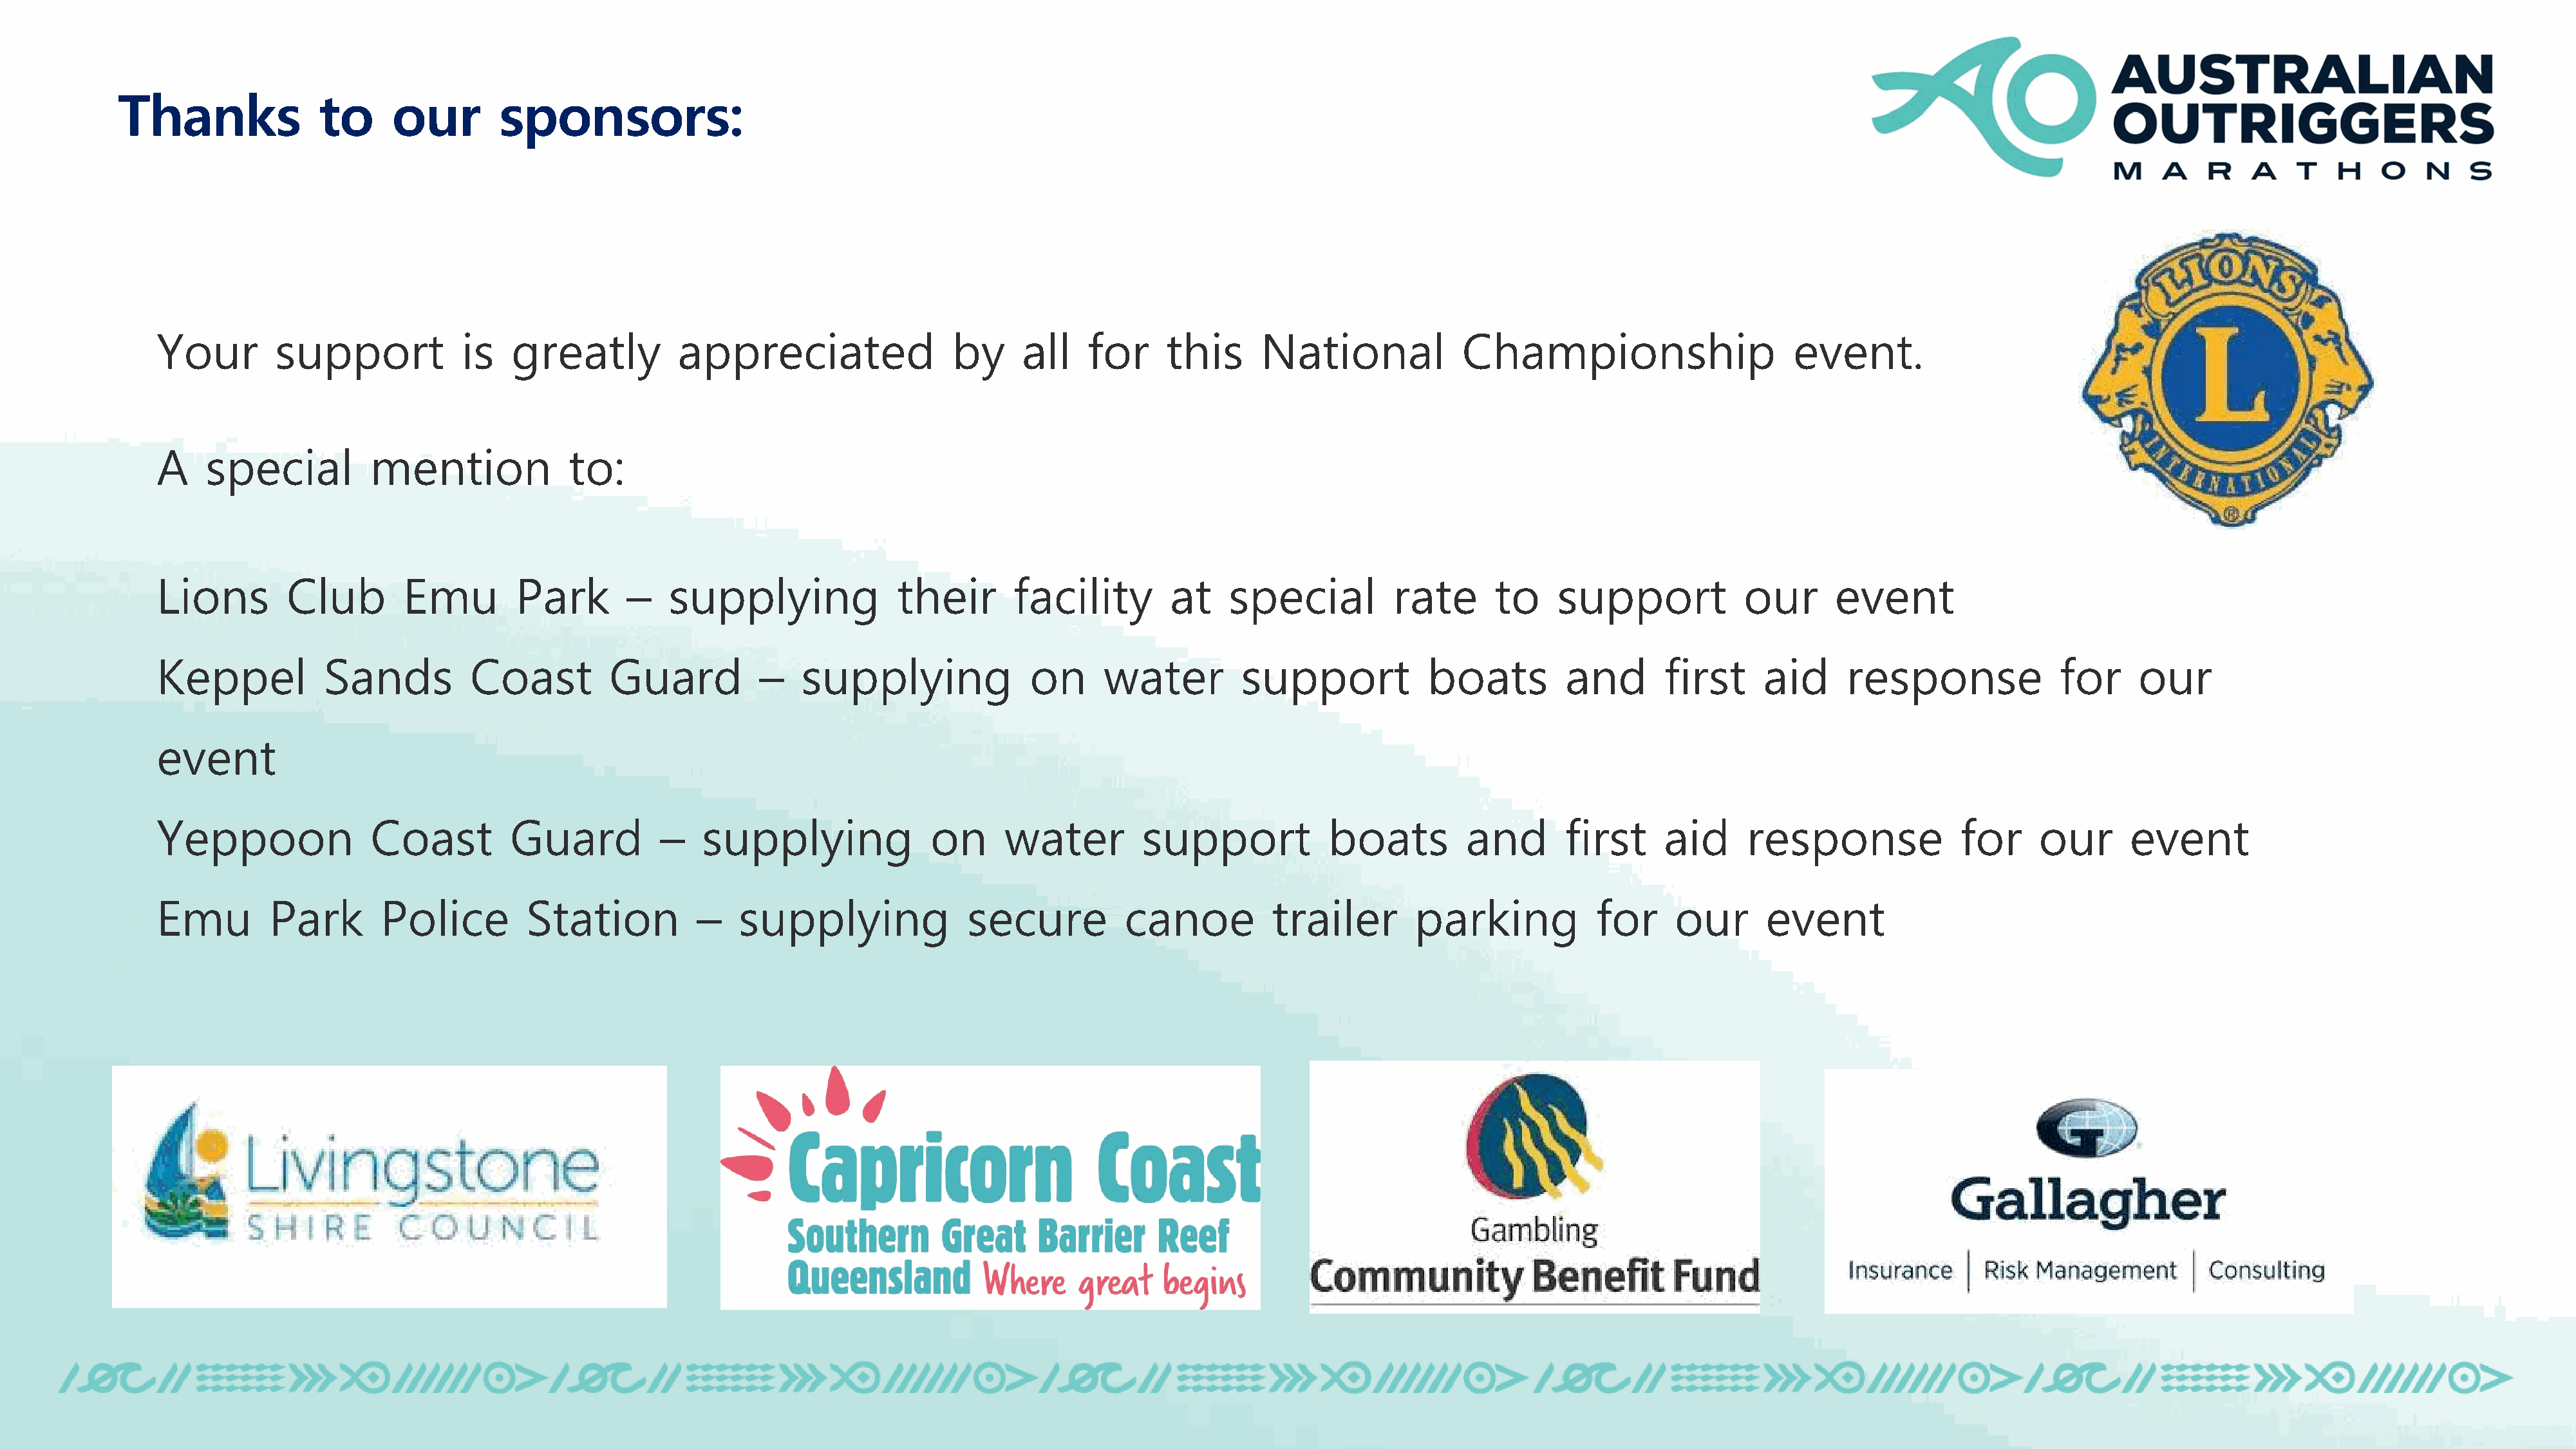
Thanks               to     our        sponsors:
 Your        support            is    greatly          appreciated                 by     all    for     this      National            Championship                      event.
 A    special          mention             to:
 Lions        Club        Emu         Park       –    supplying              their       facility        at    special          rate       to    support            our       event
 Keppel           Sands          Coast          Guard          –   supplying               on     water          support            boats         and       first     aid      response              for     our
 event
 Yeppoon               Coast         Guard           –   supplying               on     water         support             boats         and       first     aid      response              for     our      event
 Emu         Park       Police         Station           –   supplying              secure           canoe          trailer       parking            for     our       event